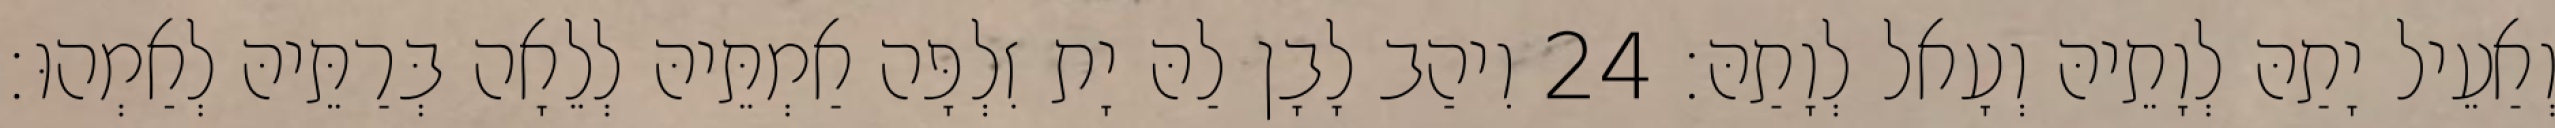
וְאַעֵיל יָתַהּ לְוָתֵיהּ וְעָאל לְוָתַהּ׃ 24 וִיהַב לָבָן לַהּ יָת זִלְפָּה אַמְתֵּיהּ לְלֵאָה בְּרַתֵּיהּ לְאַמְהוּ׃